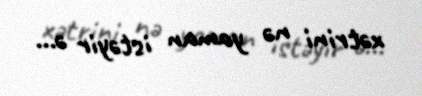
xətrini nə yaman istəyir ə...